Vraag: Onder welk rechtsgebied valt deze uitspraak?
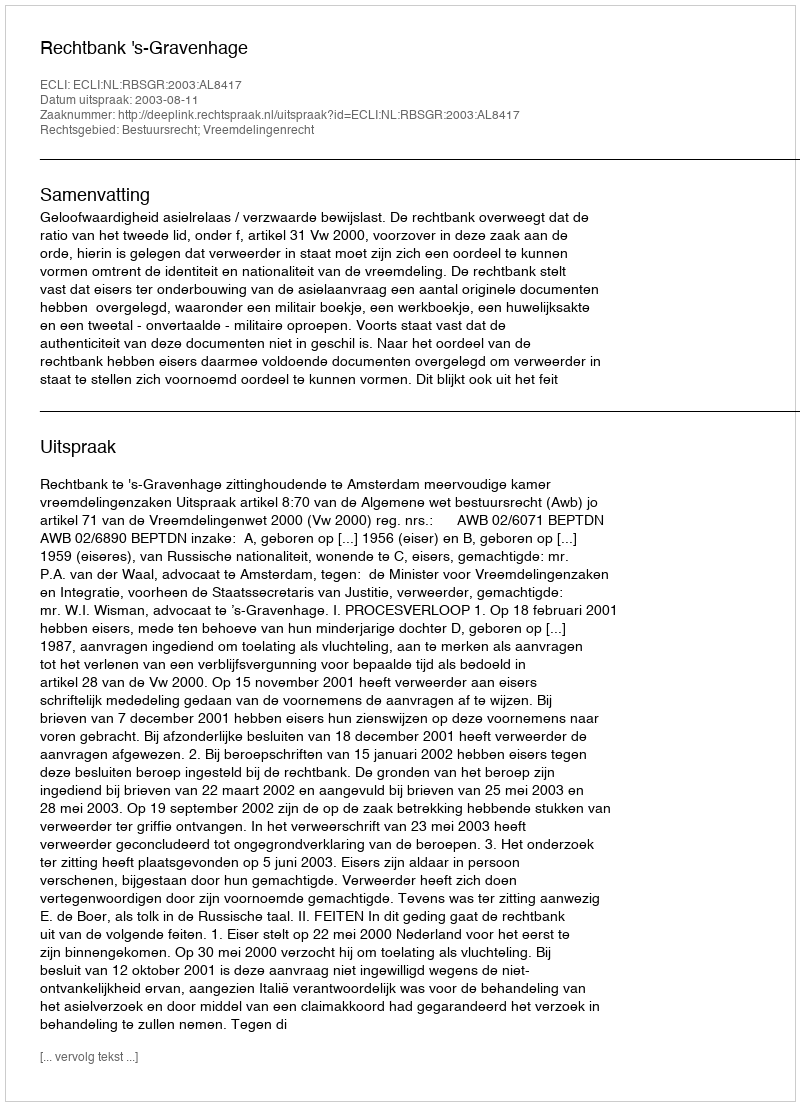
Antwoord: Bestuursrecht; Vreemdelingenrecht